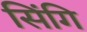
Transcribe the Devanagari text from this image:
सिंगि